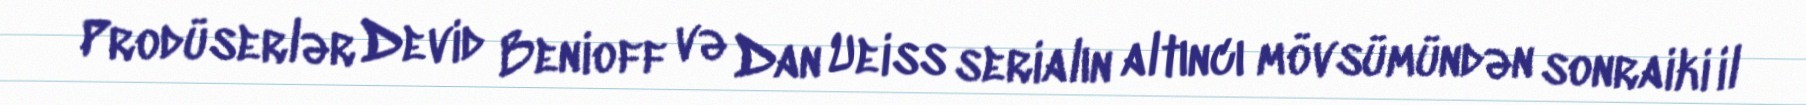
Prodüserlər Devid Benioff və Dan Ueiss serialın altıncı mövsümündən sonraiki il